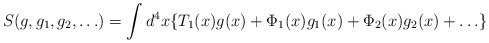
\begin{align*}S(g,g_1,g_2, \ldots) = \int d^4 x \{T_1(x)g(x) + \Phi_1(x)g_1(x) + \Phi_2(x)g_2(x)+ \ldots\}\end{align*}